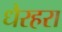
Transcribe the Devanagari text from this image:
धैरहरा